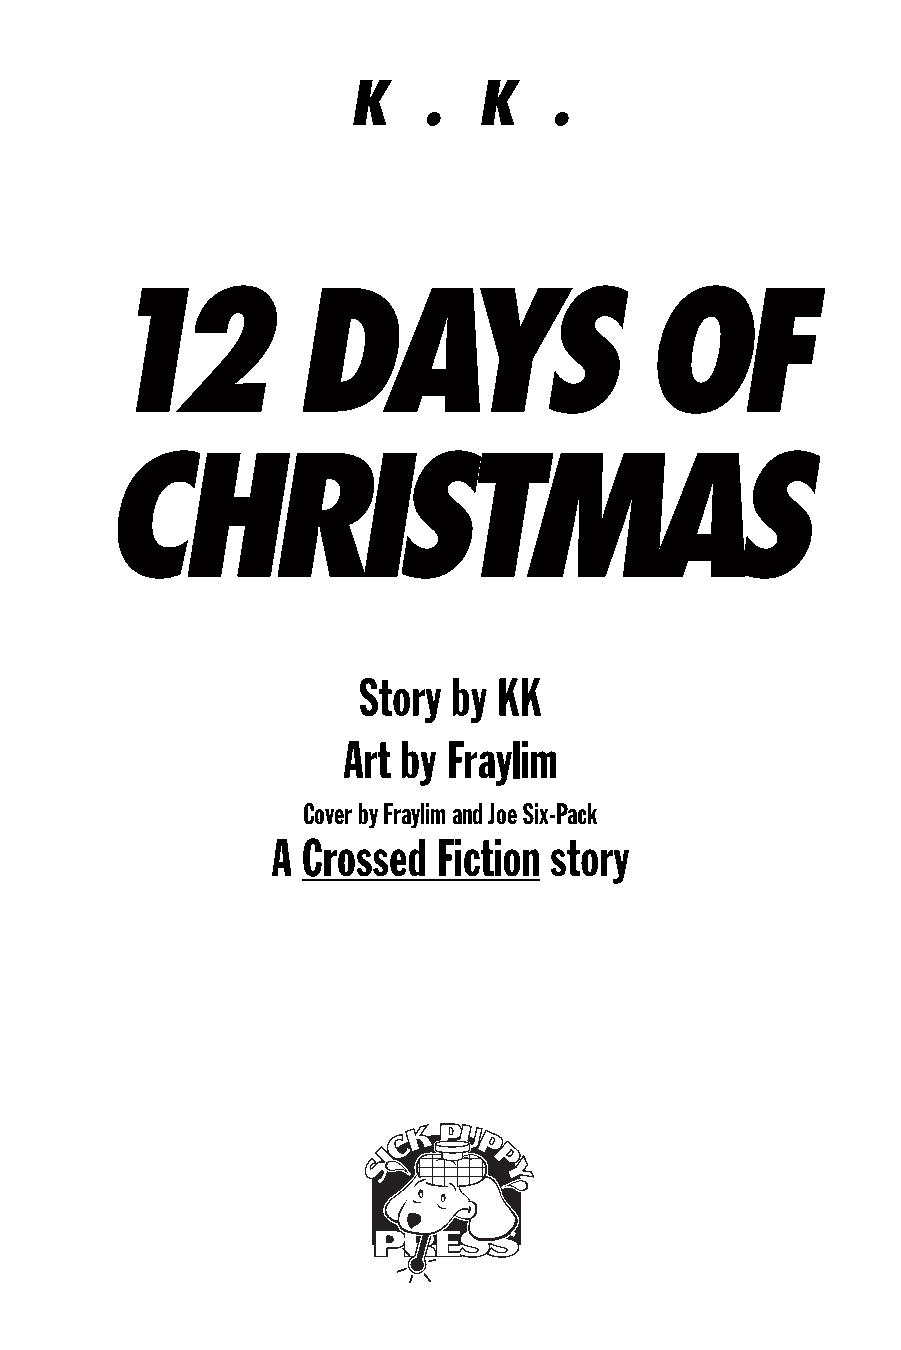
K    .   K   .
 12           DAYS                   OF
 CHRISTMAS
 Story by KK
 Art by Fraylim
 Cover by Fraylim and Joe Six-Pack
 A Crossed  Fiction story